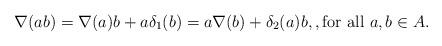
LaTeX: \begin{align*}\nabla(ab) = \nabla(a)b + a\delta_1(b) = a\nabla(b) + \delta_2(a)b,, \mbox{for all $a,b\in A$.}\end{align*}